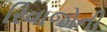
રિવાજોની